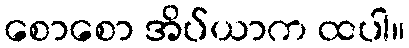
စောစော အိပ်ယာက ထပါ။